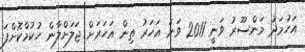
އަހުމަދު މަންސޫރު ވަނީ 2011 ވަނަ އަހަރު ތިން އަހަރަށް ޖަލަށްލާން ހުކުމްކޮށްފަ